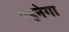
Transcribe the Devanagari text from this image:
पहनेगा